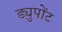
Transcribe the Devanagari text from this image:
ड्युपोंट